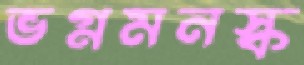
ভগ্নমনস্ক